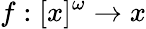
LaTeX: f:[x]^{\omega}\to x